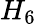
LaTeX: H_{6}